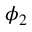
\protect \phi _ { 2 }